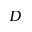
D